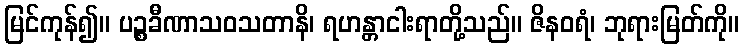
မြင်ကုန်၍။ ပဉ္စခီဏာသဝသတာနိ၊ ရဟန္တာငါးရာတို့သည်။ ဇိနဝရံ၊ ဘုရားမြတ်ကို။